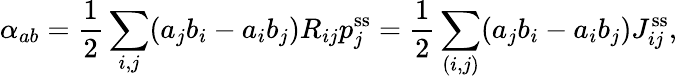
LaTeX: \alpha_{ab}=\frac 12\sum_{i,j}(a_{j}b_{i}-a_{i}b_{j})R_{ij}p_{j}^{\mathrm{ss}}=\frac 12\sum_{(i,j)}(a_{j}b_{i}-a_{i}b_{j})J_{ij}^{\mathrm{ss}},